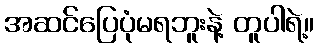
အဆင်ပြေပုံမရဘူးနဲ့ တူပါရဲ့။